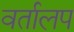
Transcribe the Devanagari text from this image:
वर्तालप